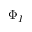
\Phi _ { I }